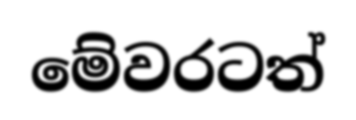
මේවරටත්